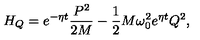
H _ { Q } = e ^ { - \eta t } \frac { P ^ { 2 } } { 2 M } - \frac 1 2 M \omega _ { 0 } ^ { 2 } e ^ { \eta t } Q ^ { 2 } ,